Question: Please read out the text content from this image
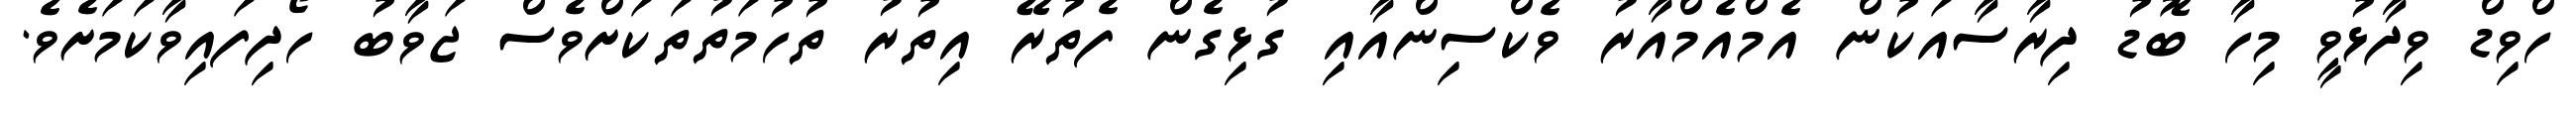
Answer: ހްވިޑް ވިދާޅުވީ މިހާ ބޮޑު ދިރާސާއަކުން އެމްއެމްއާރު ވެކްސިންއާއި ގުޅިގެން ފެތުރޭ އިތުރު ތުހުމަތުތަކަށްވެސް ޖަވާބު ހޯދިފައިވާކަމަށެވެ.